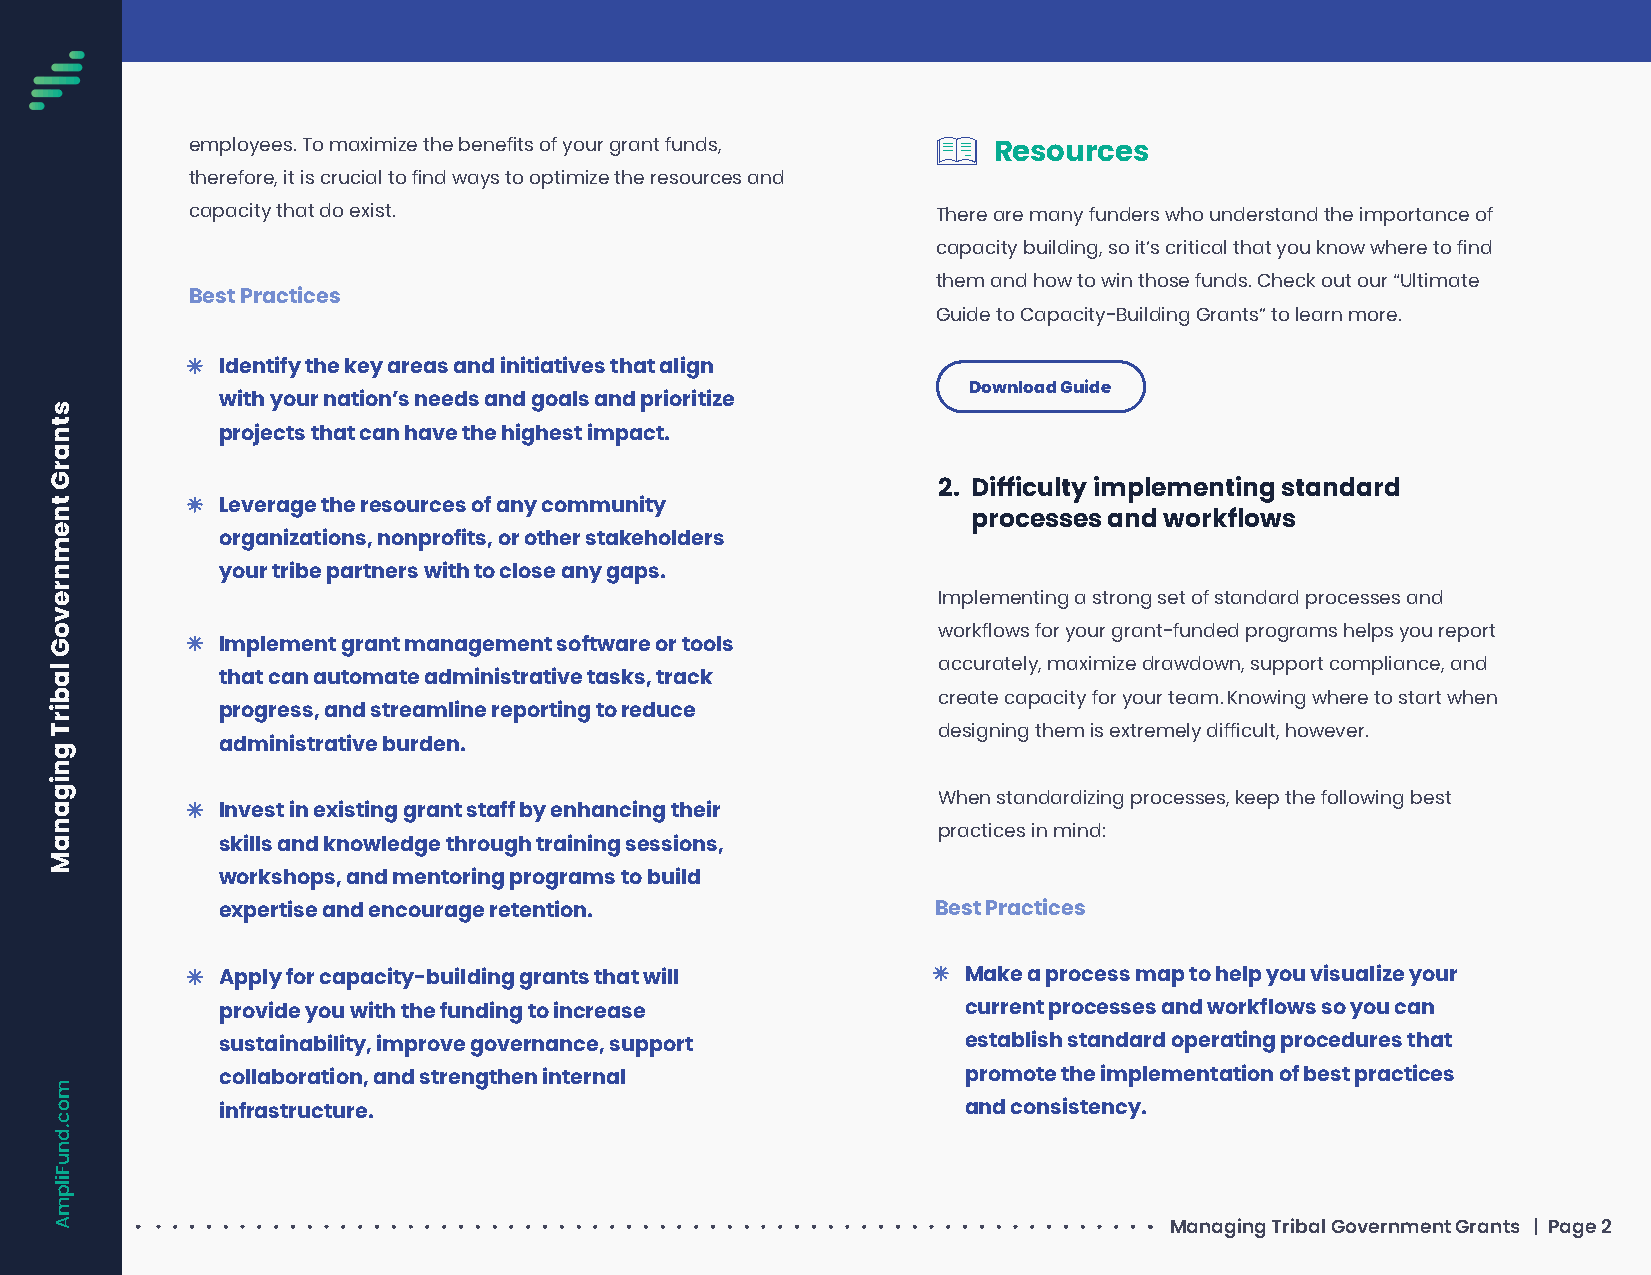
employees. To maximize the benefits of your grant funds,
 Resources
 therefore, it is crucial to find ways to optimize the resources and
 capacity that do exist.                          There are many funders who understand the importance of
 capacity building, so it’s critical that you know where to find
 them and how to win those funds. Check out our “Ultimate
 Best Practices
 Guide to Capacity-Building Grants” to learn more.
 Identify the key areas and initiatives that align
 Download Guide
 with your nation’s needs and goals and prioritize
 projects that can have the highest impact.
 2. Difficulty implementing standard
 Leverage the resources of any community
 processes and workflows
 organizations, nonprofits, or other stakeholders
 your tribe partners with to close any gaps.
 Implementing a strong set of standard processes and
 workflows for your grant-funded programs helps you report
 Implement grant management software or tools
 accurately, maximize drawdown, support compliance, and
 that can automate administrative tasks, track
 create capacity for your team. Knowing where to start when
 progress, and streamline reporting to reduce
 designing them is extremely difficult, however.
 administrative burden.
 When standardizing processes, keep the following best
 Invest in existing grant staff by enhancing their
 practices in mind:
 skills and knowledge through training sessions,
 workshops, and mentoring programs to build
 expertise and encourage retention.              Best Practices
 Apply for capacity-building grants that will      Make a process map to help you visualize your
 provide you with the funding to increase          current processes and workflows so you can
 sustainability, improve governance, support       establish standard operating procedures that
 collaboration, and strengthen internal            promote the implementation of best practices
 infrastructure.                                   and consistency.
 Managing Tribal Government Grants | Page 2
 stnarG
 tnemnrevoG
 labirT
 gniganaM
 moc.dnuFilpmA